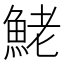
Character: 鮱